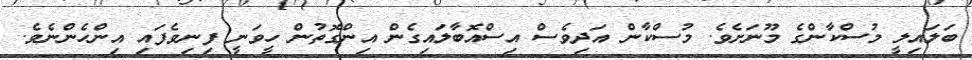
ބަލައިލީ މުސްކާންގެ މޫނަށެވެ. މުސްކާން އަދިވެސް އިސްއޮބާލައިގެން އިންގޮތުން ހީވަނީ ފިނިވެފައި އިންހެންނެވެ.